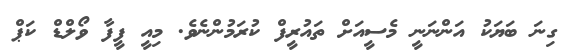
ގިނަ ބަޔަކު އަންނަނީ މެސީއަށް ތައުރީފް ކުރަމުންނެވެ. މިއީ ފީފާ ވޯލްޑް ކަޕް